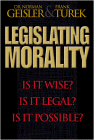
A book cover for Legislating Morality: Is it Wise? Is it Legal? Is it Possible?; Norman L. Geisler; Law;